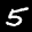
Label: 5